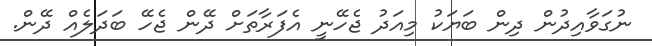
ނުގަވާއިދުން ދިން ބަޔަކު މިއަދު ޖެހޭނީ އެފަރާތަށް ދޭން ޖެހޭ ބަދަލެއް ދޭން.